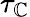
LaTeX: \tau_{\mathbb{C}}